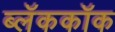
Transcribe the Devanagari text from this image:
ब्लॅककॉक